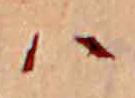
ハ